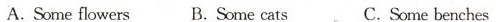
A. Some flowers B.Some cats C.Some benches